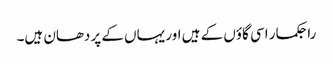
راجکمار اسی گاؤں کے ہیں اور یہاں کے پردھان ہیں۔